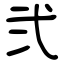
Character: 弐